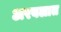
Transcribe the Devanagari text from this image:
अरबलात